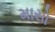
માસો